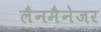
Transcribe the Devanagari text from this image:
लैनमैनेजर